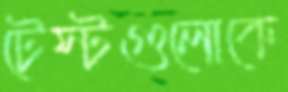
টেস্টগুলোকে